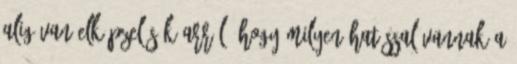
Alig van elképzelésük arról, hogy milyen hatással vannak a